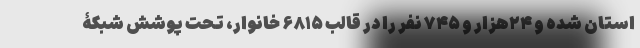
استان شده و ۲۴هزار و ۷۴۵ نفر را در قالب ۶۸۱۵ خانوار، تحت پوشش شبکۀ